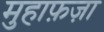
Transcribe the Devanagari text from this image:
मुहाफ़ज़ा